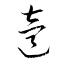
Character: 逵